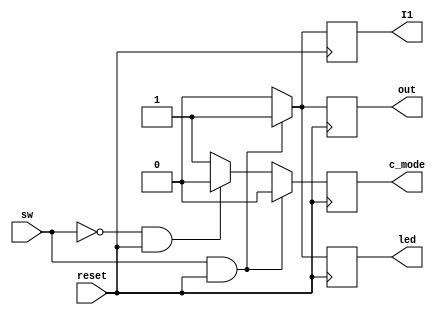
module ESP(out,I1,led,c_mode,sw,reset);
input sw;				// sensor/switch
input reset;
output reg out;			// Input to ESP8266
output reg I1;			//FPGA input
output reg led;
output reg c_mode;		//AT command mode
always @ (posedge reset)
if (sw==1 && reset==1) 		//Sends Text message
begin
I1=1;
out=1;
led=1;
c_mode=0;
end
else if (sw==0 && reset==1) 	//Does not send text message
begin
I1=0;
out=0;
led=0;
c_mode=0;
end
else 							// Reset mode
begin						
I1=0;
out=0;
led=0;
c_mode=1;
end
endmodule